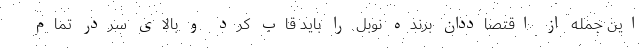
این جمله از اقتصاددان برنده نوبل را باید قاب کرد و بالای سردر تمام